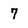
Character: 7